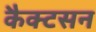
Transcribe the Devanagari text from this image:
कैक्टसन